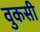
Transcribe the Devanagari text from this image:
वुकसी